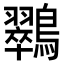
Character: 𮭚